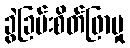
ခွဲခြမ်းစိတ်ဖြာမှု